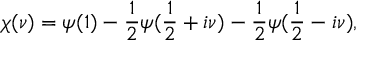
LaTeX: \chi ( \nu ) = \psi ( 1 ) - { \frac { 1 } { 2 } } \psi ( { \frac { 1 } { 2 } } + i \nu ) - { \frac { 1 } { 2 } } \psi ( { \frac { 1 } { 2 } } - i \nu ) ,